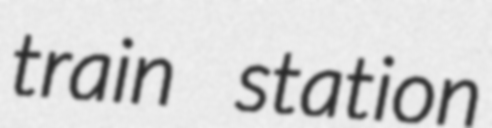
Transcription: train station